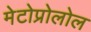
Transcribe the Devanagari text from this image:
मेटोप्रोलोल